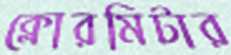
ক্লোরমিটার